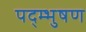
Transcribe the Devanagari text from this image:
पद्म्भुषण